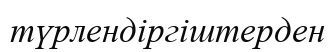
түрлендіргіштерден